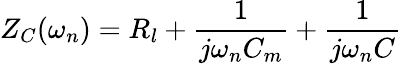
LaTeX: Z_{C}(\omega_{n})=R_{l}+\frac{1}{j\omega_{n}C_{m}}+\frac{1}{j\omega_{n}C}